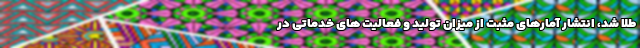
طلا شد، انتشار آمارهای مثبت از میزان تولید و فعالیت های خدماتی در